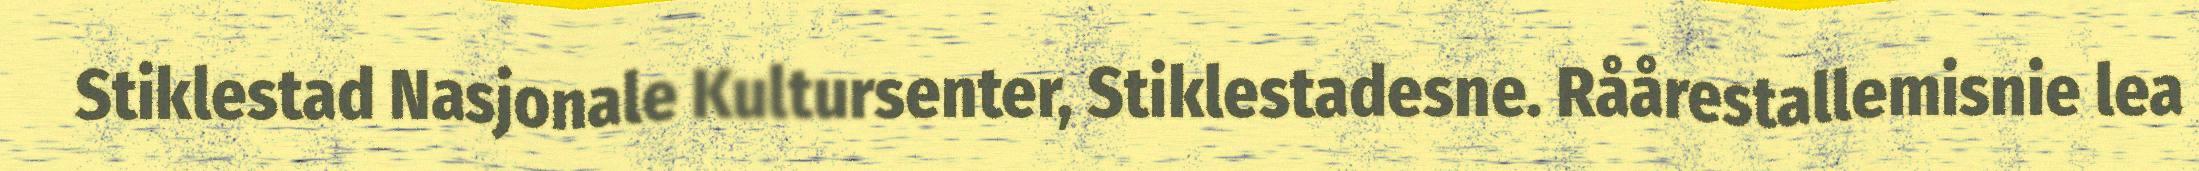
Stiklestad Nasjonale Kultursenter, Stiklestadesne. Råårestallemisnie lea